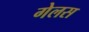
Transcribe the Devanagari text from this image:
गेलस